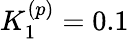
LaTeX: K_{1}^{(p)}=0.1